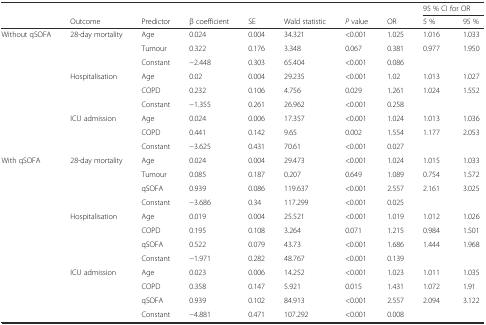
<table><thead><tr><td>[EMPTY_CELL]</td><td>[EMPTY_CELL]</td><td>[EMPTY_CELL]</td><td>[EMPTY_CELL]</td><td>[EMPTY_CELL]</td><td>[EMPTY_CELL]</td><td>[EMPTY_CELL]</td><td>[EMPTY_CELL]</td><td colspan="2"><b>95 % CI for OR</b></td></tr><tr><td>[EMPTY_CELL]</td><td><b>Outcome</b></td><td><b>Predictor</b></td><td><b>β coefficient</b></td><td><b>SE</b></td><td><b>Wald statistic</b></td><td><b><i>P</i> value</b></td><td><b>OR</b></td><td><b>5 %</b></td><td><b>95 %</b></td></tr></thead><tbody><tr><td>Without qSOFA</td><td>28-day mortality</td><td>Age</td><td>0.024</td><td>0.004</td><td>34.321</td><td>&lt;0.001</td><td>1.025</td><td>1.016</td><td>1.033</td></tr><tr><td>[EMPTY_CELL]</td><td>[EMPTY_CELL]</td><td>Tumour</td><td>0.322</td><td>0.176</td><td>3.348</td><td>0.067</td><td>0.381</td><td>0.977</td><td>1.950</td></tr><tr><td>[EMPTY_CELL]</td><td>[EMPTY_CELL]</td><td>Constant</td><td>−2.448</td><td>0.303</td><td>65.404</td><td>&lt;0.001</td><td>0.086</td><td>[EMPTY_CELL]</td><td>[EMPTY_CELL]</td></tr><tr><td>[EMPTY_CELL]</td><td>Hospitalisation</td><td>Age</td><td>0.02</td><td>0.004</td><td>29.235</td><td>&lt;0.001</td><td>1.02</td><td>1.013</td><td>1.027</td></tr><tr><td>[EMPTY_CELL]</td><td>[EMPTY_CELL]</td><td>COPD</td><td>0.232</td><td>0.106</td><td>4.756</td><td>0.029</td><td>1.261</td><td>1.024</td><td>1.552</td></tr><tr><td>[EMPTY_CELL]</td><td>[EMPTY_CELL]</td><td>Constant</td><td>−1.355</td><td>0.261</td><td>26.962</td><td>&lt;0.001</td><td>0.258</td><td>[EMPTY_CELL]</td><td>[EMPTY_CELL]</td></tr><tr><td>[EMPTY_CELL]</td><td>ICU admission</td><td>Age</td><td>0.024</td><td>0.006</td><td>17.357</td><td>&lt;0.001</td><td>1.024</td><td>1.013</td><td>1.036</td></tr><tr><td>[EMPTY_CELL]</td><td>[EMPTY_CELL]</td><td>COPD</td><td>0.441</td><td>0.142</td><td>9.65</td><td>0.002</td><td>1.554</td><td>1.177</td><td>2.053</td></tr><tr><td>[EMPTY_CELL]</td><td>[EMPTY_CELL]</td><td>Constant</td><td>−3.625</td><td>0.431</td><td>70.61</td><td>&lt;0.001</td><td>0.027</td><td>[EMPTY_CELL]</td><td>[EMPTY_CELL]</td></tr><tr><td>With qSOFA</td><td>28-day mortality</td><td>Age</td><td>0.024</td><td>0.004</td><td>29.473</td><td>&lt;0.001</td><td>1.024</td><td>1.015</td><td>1.033</td></tr><tr><td>[EMPTY_CELL]</td><td>[EMPTY_CELL]</td><td>Tumour</td><td>0.085</td><td>0.187</td><td>0.207</td><td>0.649</td><td>1.089</td><td>0.754</td><td>1.572</td></tr><tr><td>[EMPTY_CELL]</td><td>[EMPTY_CELL]</td><td>qSOFA</td><td>0.939</td><td>0.086</td><td>119.637</td><td>&lt;0.001</td><td>2.557</td><td>2.161</td><td>3.025</td></tr><tr><td>[EMPTY_CELL]</td><td>[EMPTY_CELL]</td><td>Constant</td><td>−3.686</td><td>0.34</td><td>117.299</td><td>&lt;0.001</td><td>0.025</td><td>[EMPTY_CELL]</td><td>[EMPTY_CELL]</td></tr><tr><td>[EMPTY_CELL]</td><td>Hospitalisation</td><td>Age</td><td>0.019</td><td>0.004</td><td>25.521</td><td>&lt;0.001</td><td>1.019</td><td>1.012</td><td>1.026</td></tr><tr><td>[EMPTY_CELL]</td><td>[EMPTY_CELL]</td><td>COPD</td><td>0.195</td><td>0.108</td><td>3.264</td><td>0.071</td><td>1.215</td><td>0.984</td><td>1.501</td></tr><tr><td>[EMPTY_CELL]</td><td>[EMPTY_CELL]</td><td>qSOFA</td><td>0.522</td><td>0.079</td><td>43.73</td><td>&lt;0.001</td><td>1.686</td><td>1.444</td><td>1.968</td></tr><tr><td>[EMPTY_CELL]</td><td>[EMPTY_CELL]</td><td>Constant</td><td>−1.971</td><td>0.282</td><td>48.767</td><td>&lt;0.001</td><td>0.139</td><td>[EMPTY_CELL]</td><td>[EMPTY_CELL]</td></tr><tr><td>[EMPTY_CELL]</td><td>ICU admission</td><td>Age</td><td>0.023</td><td>0.006</td><td>14.252</td><td>&lt;0.001</td><td>1.023</td><td>1.011</td><td>1.035</td></tr><tr><td>[EMPTY_CELL]</td><td>[EMPTY_CELL]</td><td>COPD</td><td>0.358</td><td>0.147</td><td>5.921</td><td>0.015</td><td>1.431</td><td>1.072</td><td>1.91</td></tr><tr><td>[EMPTY_CELL]</td><td>[EMPTY_CELL]</td><td>qSOFA</td><td>0.939</td><td>0.102</td><td>84.913</td><td>&lt;0.001</td><td>2.557</td><td>2.094</td><td>3.122</td></tr><tr><td>[EMPTY_CELL]</td><td>[EMPTY_CELL]</td><td>Constant</td><td>−4.881</td><td>0.471</td><td>107.292</td><td>&lt;0.001</td><td>0.008</td><td>[EMPTY_CELL]</td><td>[EMPTY_CELL]</td></tr></tbody></table>